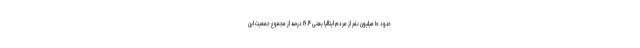
حدود ۱۰ میلیون نفر از مردم ایتالیا یعنی ۱۶.۴ درصد از مجموع جمعیت این